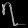
Digit: ၇